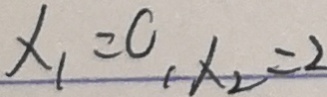
x _ { 1 } = 0 , x _ { 2 } = 2